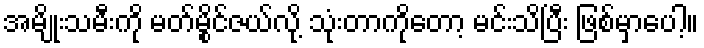
အမျိုးသမီးကို မတ်မွိုင်ဇယ်လို့ သုံးတာကိုတော့ မင်းသိပြီး ဖြစ်မှာပေါ့။